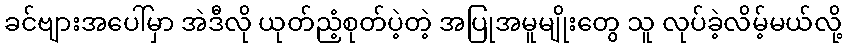
ခင်ဗျားအပေါ်မှာ အဲဒီလို ယုတ်ညံ့စုတ်ပဲ့တဲ့ အပြုအမူမျိုးတွေ သူ လုပ်ခဲ့လိမ့်မယ်လို့